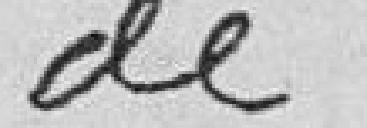
de